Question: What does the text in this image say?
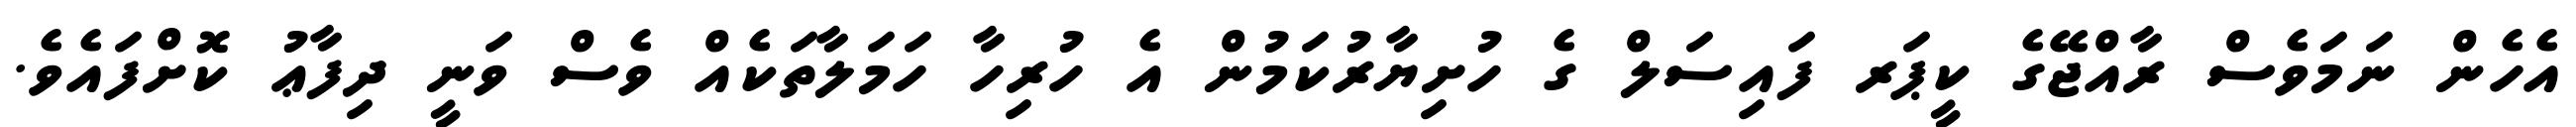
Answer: އެހެން ނަމަވެސް ރާއްޖޭގެ ކީޕަރ ފައިސަލް ގެ ހުށިޔާރުކަމުން އެ ހުރިހާ ހަމަލާތަކެއް ވެސް ވަނީ ދިފާޢު ކޮށްފައެވެ.